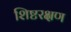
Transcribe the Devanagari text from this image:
शिष्टरक्षण